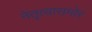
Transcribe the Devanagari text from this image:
नेतृत्वासमोर